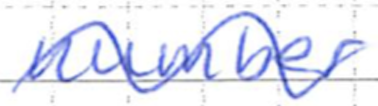
Text: number
Cross-out: wave
Writing tool: ballpoint